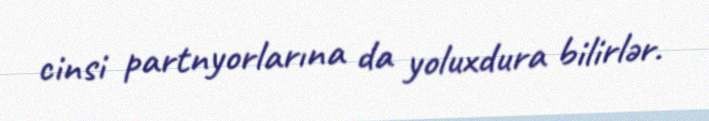
cinsi partnyorlarına da yoluxdura bilirlər.